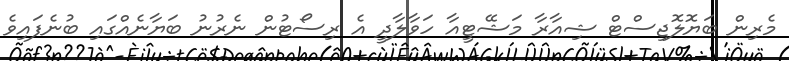
މެރިން ބަޔޮލޮޖިސްޓް ޝިއާރާ މަޝޭޓީއާ ހަވާލާދީ އެ ރިސޯޓުން ނެރުނު ބަޔާނެއްގައި ބުނެފައިވެ